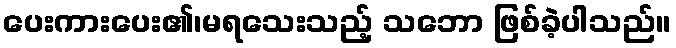
ပေးကားပေး၏၊မရသေးသည့် သဘော ဖြစ်ခဲ့ပါသည်။